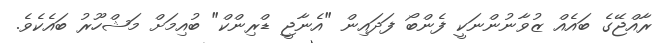
ރާއްޖޭގެ ބައެއް ޒުވާނުންނަކީ ފެންބޯ ފަދައިން "އެނާޖީ ޑްރިންކް" ބުއިމަށް މަޝްހޫރު ބައެކެވެ.